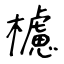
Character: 櫖